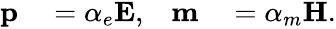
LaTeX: \begin{array}{rlrl}{\mathbf{p}}&{{}=\alpha_{e}\mathbf{E},}&{\mathbf{m}}&{{}=\alpha_{m}\mathbf{H}.}\end{array}